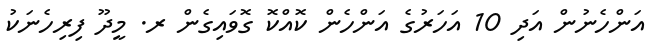
އަންހެނުން އަދި 10 އަހަރުގެ އަންހެން ކޮއްކޮ ގޮވައިގެން ރ. މީދޫ ފިރިހެނަކު